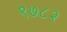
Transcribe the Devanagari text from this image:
९७८२